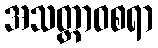
အသတ္ထာဝစရာ